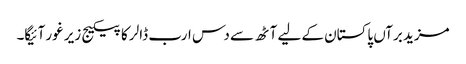
مزید برآں پاکستان کے لیے آٹھ سے دس ارب ڈالر کا پیکیج زیر غور آئیگا۔